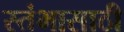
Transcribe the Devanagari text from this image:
स्तंभासाठी